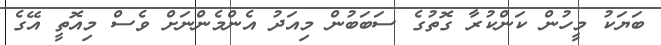
ބަޔަކު މީހުން ކަންކުރާ ގޮތުގެ ސަބަބުން މިއަދު އެންމެންނަށް ވެސް މިއޮތީ އޭގެ